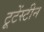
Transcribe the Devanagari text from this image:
टूटेंस्टीन